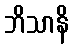
ဘိသာနိ